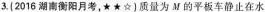
3.(2016湖南衡阳月考，★★☆〕质量为M的平板车静止在水